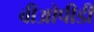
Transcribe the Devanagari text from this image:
बीओपीडी